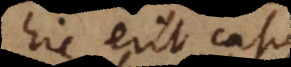
hic erit casus